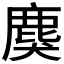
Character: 𪊏